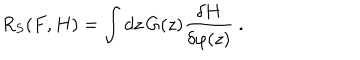
R _ { S } ( F , H ) = \int d z \, G ( z ) \frac { \delta H } { \delta \varphi ( z ) } \ .